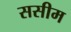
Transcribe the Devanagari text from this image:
ससीम